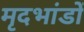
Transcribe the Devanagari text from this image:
मृदभांडों